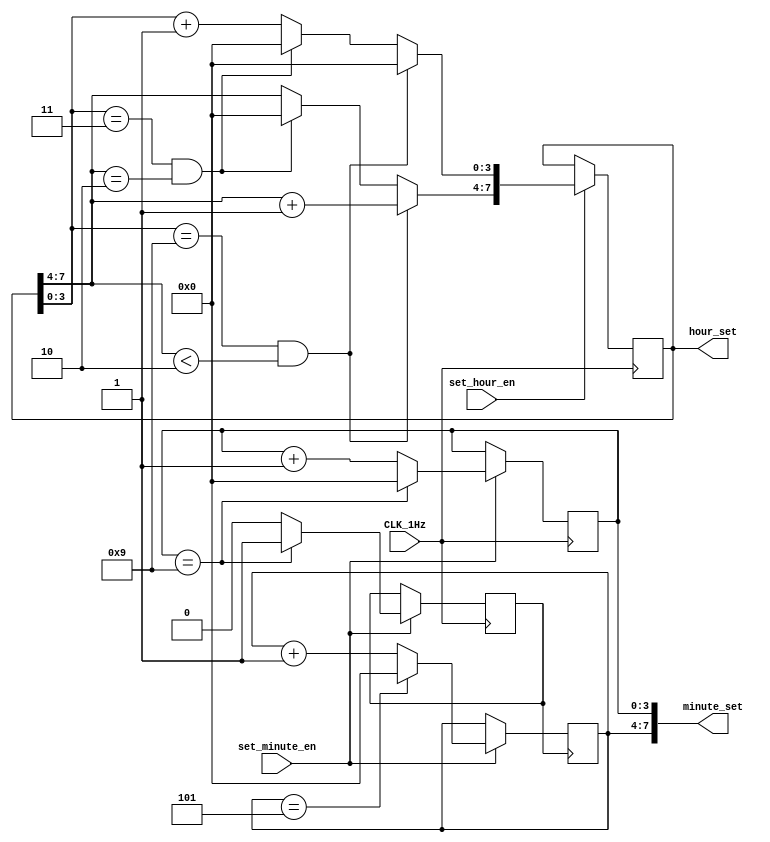
`timescale 1ns / 1ps
//////////////////////////////////////////////////////////////////////////////////
// Company: 
// Engineer: 
// 
// Design Name: 
// Module Name: AlarmAdjuster
// Project Name: 
// Target Devices: 
// Tool Versions: 
// Description: 
// 
// Dependencies: 
// 
// Revision:
// Revision 0.01 - File Created
// Additional Comments:
// 
//////////////////////////////////////////////////////////////////////////////////


module AlarmSetter(
    input set_hour_en,
    input set_minute_en,
    input CLK_1Hz,
    output reg [7:0] hour_set = 8'b0000_0000,
    output reg [7:0] minute_set = 8'b0000_0000
    );
    reg onesToTensCarryBit;
    always @(posedge CLK_1Hz) begin
        if (~set_minute_en) minute_set[3:0] <= minute_set[3:0];
        else if (minute_set[3:0] == 4'b1001)
            begin
                minute_set[3:0] <= 4'b0000;
                onesToTensCarryBit = 1'b1;
            end
        else
            begin
                minute_set[3:0] <= minute_set[3:0] + 1'b1;
                onesToTensCarryBit = 1'b0;
            end
    end

    always @(posedge onesToTensCarryBit) begin
        if (~set_minute_en) minute_set[7:4] <= minute_set[7:4];
        else if (minute_set[7:4] == 4'b0101)
            minute_set[7:4] <= 4'b0000;
        else
            minute_set[7:4] <= minute_set[7:4] + 1'b1;
    end

    always @(posedge CLK_1Hz) begin
        if (~set_hour_en) hour_set <= hour_set;
        else if (hour_set[3:0] == 4'b1001 && hour_set[7:4] < 4'b0010)
            begin
                hour_set[3:0] <= 4'b0000;
                hour_set[7:4] <= hour_set[7:4]+1'b1;
            end
        else if (hour_set[3:0] == 4'b0011 && hour_set[7:4] == 4'b0010)
            hour_set = 8'b0000_0000;
        else
            hour_set[3:0] <= hour_set[3:0] + 1'b1;
    end
endmodule